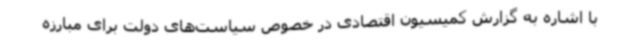
با اشاره به گزارش کمیسیون اقتصادی در خصوص سیاست‌های دولت برای مبارزه